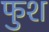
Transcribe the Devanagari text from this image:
फुश